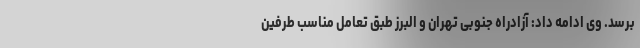
برسد. وی ادامه داد: آزادراه جنوبی تهران و البرز طبق تعامل مناسب طرفین